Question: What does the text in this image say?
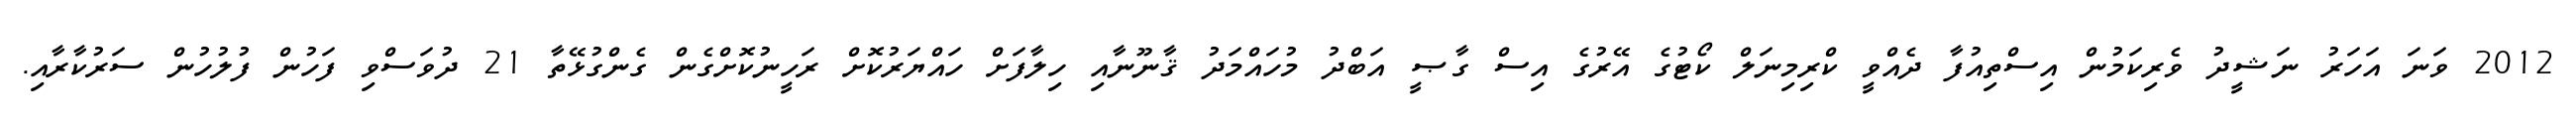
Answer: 2012 ވަނަ އަހަރު ނަޝީދު ވެރިކަމުން އިސްތިއުފާ ދެއްވީ ކްރިމިނަލް ކޯޓުގެ އޭރުގެ އިސް ގާޞީ އަބްދު މުހައްމަދު ޤާނޫނާއި ހިލާފަށް ހައްޔަރުކޮށް ރަހީނުކޮށްގެން ގެންގުޅޭތާ 21 ދުވަސްވި ފަހުން ފުލުހުން ސަރުކާރާއި.